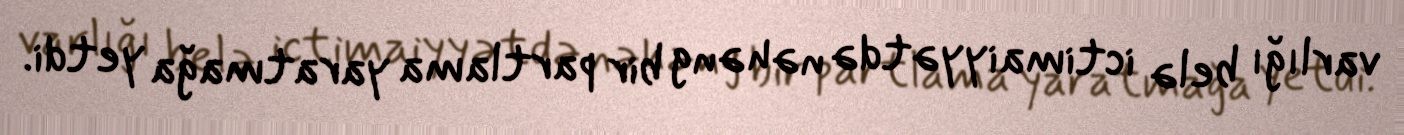
varlığı belə ictimaiyyətdə nəhəng bir partlama yaratmağa yetdi.